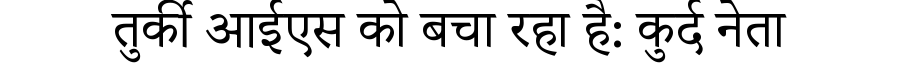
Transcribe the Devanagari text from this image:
तुर्की आईएस को बचा रहा है: कुर्द नेता